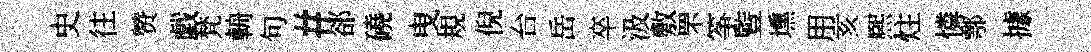
史往赞戯梵輈句#郤磽曳規倪台岳卒汲敷罘筝䜿壎用亥熈炷憐鄠據